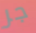
جر